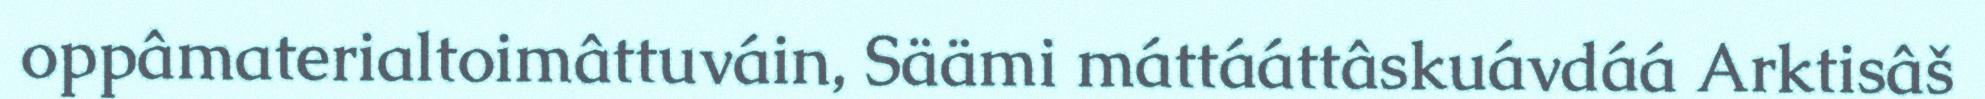
oppâmaterialtoimâttuváin, Säämi máttááttâskuávdáá Arktisâš